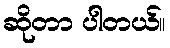
ဆိုတာ ပါတယ်။